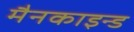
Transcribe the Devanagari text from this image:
मैनकाइन्ड